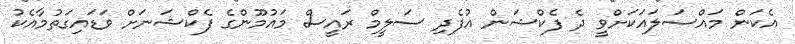
އެކަން މައްސަލައަކަށްވީ ދެ ފެކްޝަން އުފެދި ސަލީމް ރައީސް މައުމޫންގެ ފެކްޝަނަށް ވަޑައިގަތުމާއެކު